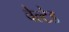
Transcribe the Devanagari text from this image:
बेल्टेड